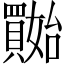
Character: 𡤔